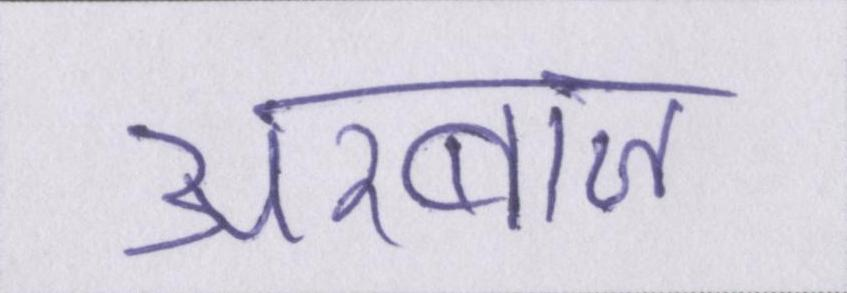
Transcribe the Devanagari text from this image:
अरबाज